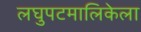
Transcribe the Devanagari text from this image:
लघुपटमालिकेला